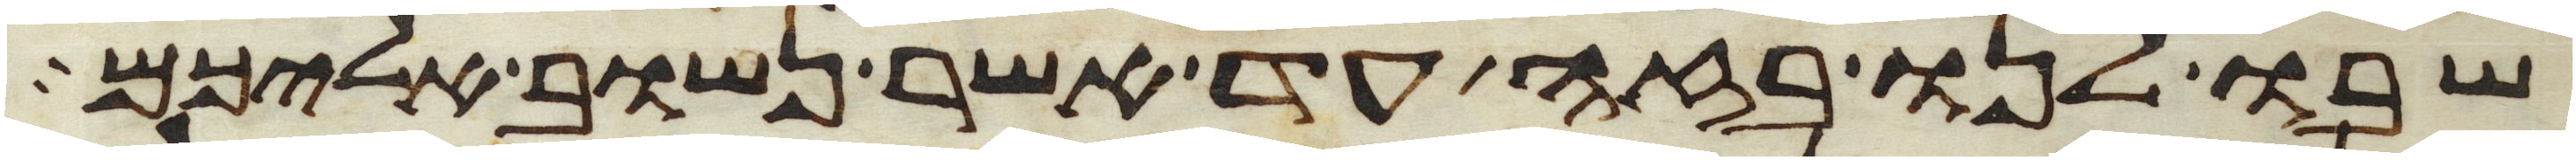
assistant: שבו לנו בזה עד אשר נשוב אליכם